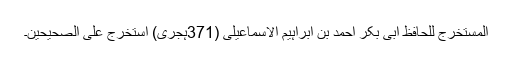
المستخرج للحافظ ابی بکر احمد بن ابراہیم الاسماعیلی (371ہجری) استخرج علی الصحیحین۔